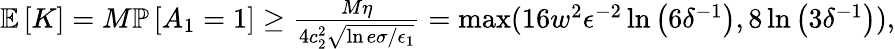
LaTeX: \begin{array}{r}{\mathbb{E}\left[K\right]=M\mathbb{P}\left[A_{1}=1\right]\ge\frac{M\eta}{4c_{2}^{2}\sqrt{\ln{e\sigma/\epsilon_{1}}}}=\operatorname*{max}(16w^{2}\epsilon^{-2}\ln\left(6\delta^{-1}\right),8\ln\left(3\delta^{-1}\right)),}\end{array}